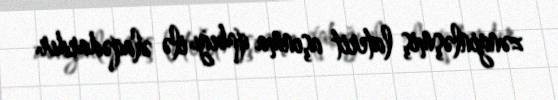
zənginləşmiş laterit aşınma qabığı ilə əlaqədardır.